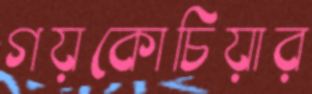
গয়কোচিয়ার